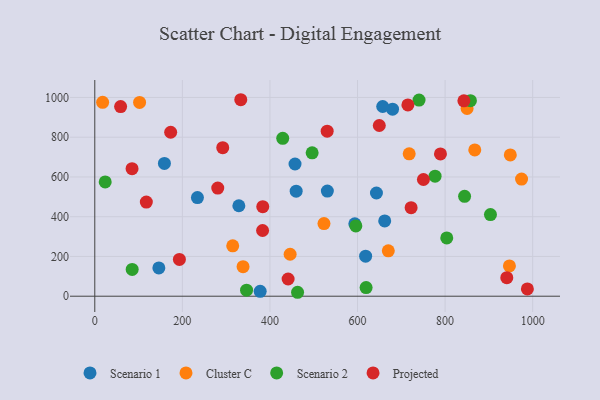
{"axis": {"x": "Distance", "y": "Rating"}, "legend": ["Cluster C", "Projected", "Scenario 1", "Scenario 2"], "data": [{"x": "680.0", "y": 941.0, "type": "Scenario 1"}, {"x": "643.2", "y": 519.2, "type": "Scenario 1"}, {"x": "618.5", "y": 201.6, "type": "Scenario 1"}, {"x": "457.3", "y": 665.2, "type": "Scenario 1"}, {"x": "662.1", "y": 378.9, "type": "Scenario 1"}, {"x": "657.5", "y": 954.5, "type": "Scenario 1"}, {"x": "593.8", "y": 364.6, "type": "Scenario 1"}, {"x": "377.7", "y": 24.8, "type": "Scenario 1"}, {"x": "531.1", "y": 528.8, "type": "Scenario 1"}, {"x": "234.4", "y": 496.4, "type": "Scenario 1"}, {"x": "329.0", "y": 455.1, "type": "Scenario 1"}, {"x": "146.3", "y": 142.5, "type": "Scenario 1"}, {"x": "459.9", "y": 528.5, "type": "Scenario 1"}, {"x": "159.0", "y": 668.1, "type": "Scenario 1"}, {"x": "17.9", "y": 975.6, "type": "Cluster C"}, {"x": "523.4", "y": 365.7, "type": "Cluster C"}, {"x": "850.2", "y": 944.5, "type": "Cluster C"}, {"x": "102.3", "y": 975.0, "type": "Cluster C"}, {"x": "446.1", "y": 211.0, "type": "Cluster C"}, {"x": "315.0", "y": 253.6, "type": "Cluster C"}, {"x": "338.6", "y": 148.8, "type": "Cluster C"}, {"x": "974.6", "y": 589.6, "type": "Cluster C"}, {"x": "948.9", "y": 710.9, "type": "Cluster C"}, {"x": "946.9", "y": 152.2, "type": "Cluster C"}, {"x": "670.3", "y": 228.4, "type": "Cluster C"}, {"x": "867.8", "y": 736.0, "type": "Cluster C"}, {"x": "718.0", "y": 716.3, "type": "Cluster C"}, {"x": "596.2", "y": 353.4, "type": "Scenario 2"}, {"x": "23.8", "y": 575.1, "type": "Scenario 2"}, {"x": "844.5", "y": 502.5, "type": "Scenario 2"}, {"x": "496.4", "y": 721.3, "type": "Scenario 2"}, {"x": "85.4", "y": 134.9, "type": "Scenario 2"}, {"x": "463.1", "y": 19.8, "type": "Scenario 2"}, {"x": "777.1", "y": 603.9, "type": "Scenario 2"}, {"x": "803.8", "y": 293.4, "type": "Scenario 2"}, {"x": "740.5", "y": 986.9, "type": "Scenario 2"}, {"x": "619.6", "y": 43.5, "type": "Scenario 2"}, {"x": "903.6", "y": 410.6, "type": "Scenario 2"}, {"x": "346.6", "y": 30.4, "type": "Scenario 2"}, {"x": "429.2", "y": 794.6, "type": "Scenario 2"}, {"x": "857.8", "y": 983.8, "type": "Scenario 2"}, {"x": "649.7", "y": 859.0, "type": "Projected"}, {"x": "789.4", "y": 715.8, "type": "Projected"}, {"x": "750.5", "y": 587.3, "type": "Projected"}, {"x": "940.9", "y": 93.4, "type": "Projected"}, {"x": "722.4", "y": 445.7, "type": "Projected"}, {"x": "842.9", "y": 983.2, "type": "Projected"}, {"x": "292.2", "y": 747.5, "type": "Projected"}, {"x": "333.4", "y": 988.6, "type": "Projected"}, {"x": "59.0", "y": 954.2, "type": "Projected"}, {"x": "383.6", "y": 450.4, "type": "Projected"}, {"x": "280.8", "y": 543.9, "type": "Projected"}, {"x": "441.5", "y": 86.7, "type": "Projected"}, {"x": "173.3", "y": 824.9, "type": "Projected"}, {"x": "530.7", "y": 830.5, "type": "Projected"}, {"x": "193.2", "y": 185.2, "type": "Projected"}, {"x": "987.9", "y": 36.7, "type": "Projected"}, {"x": "117.7", "y": 473.7, "type": "Projected"}, {"x": "715.0", "y": 962.3, "type": "Projected"}, {"x": "383.2", "y": 330.7, "type": "Projected"}, {"x": "85.1", "y": 641.6, "type": "Projected"}]}